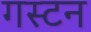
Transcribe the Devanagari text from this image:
गस्टन